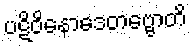
ပဋိဝိနောဒေတဗ္ဗောတိ